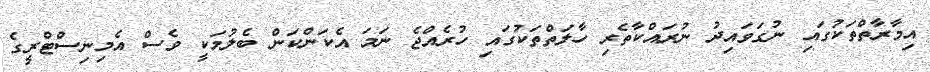
އިމާރާތްތަކުގައި ނުގަވައިދު ނުރައްކާތެރި ހާލަތްތަކުގައި ހުރެއްޖެ ނަމަ އެކަންކަން ބެލުމަކީ ވެސް އެމިނިސްޓްރީގެ